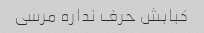
کبابش حرف نداره مرسی